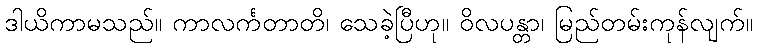
ဒါယိကာမသည်။ ကာလင်္ကတာတိ၊ သေခဲ့ပြီဟု။ ဝိလပန္တာ၊ မြည်တမ်းကုန်လျက်။